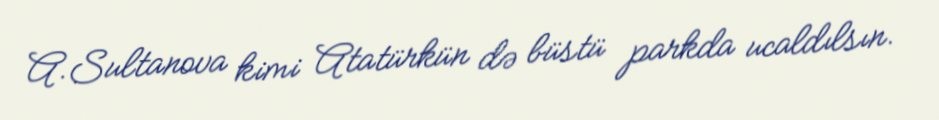
A.Sultanova kimi Atatürkün də büstü parkda ucaldılsın.